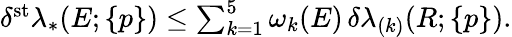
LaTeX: \begin{array}{r}{\delta^{\mathrm{st}}\lambda_{*}(E;\{ p\} )\le\sum_{k=1}^{5}\omega_{k}(E)\, \delta\lambda_{(k)}(R;\{ p\} ).}\end{array}